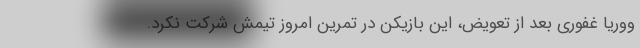
ووریا غفوری بعد از تعویض، این بازیکن در تمرین امروز تیمش شرکت نکرد.